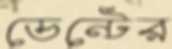
ডেন্টের